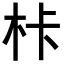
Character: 𭩦